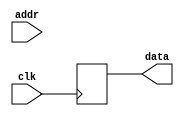
module rom #(
        parameter   DATA_WIDTH = 16,
        parameter   ADDR_WIDTH = 8          // 2 * 1024 bytes of ROM
    )(
        input  wire                  clk,
        input  wire [ADDR_WIDTH-1:0] addr,  // here comes the program counter
        output  reg [DATA_WIDTH-1:0] data   // here goes the instruction
    );

    reg [DATA_WIDTH-1:0] value;

    always @* begin
        case (addr)
            // TODO 4: Configure timer 0.
        endcase
    end
    always @(negedge clk) begin
        data <= value;
    end

endmodule